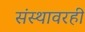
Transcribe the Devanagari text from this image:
संस्थावरही